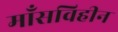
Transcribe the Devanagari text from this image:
माँसविहीन